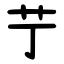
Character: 艼